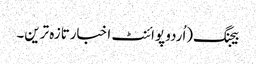
بیجنگ(اُردو پوائنٹ اخبارتازہ ترین۔